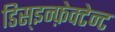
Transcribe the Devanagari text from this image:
डिस्इन्फ़ेक्टेन्ट